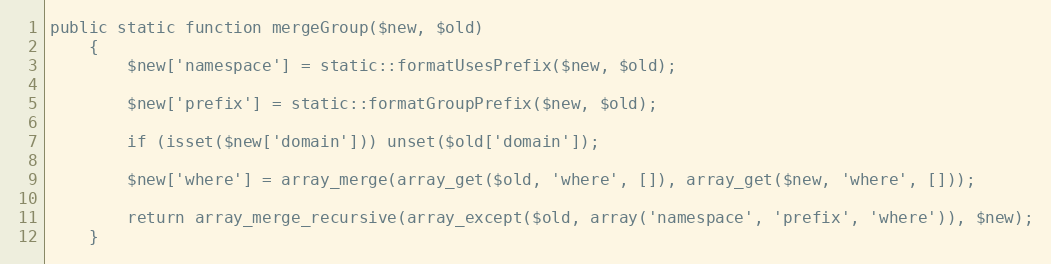
Language: PHP
public static function mergeGroup($new, $old)
	{
		$new['namespace'] = static::formatUsesPrefix($new, $old);

		$new['prefix'] = static::formatGroupPrefix($new, $old);

		if (isset($new['domain'])) unset($old['domain']);

		$new['where'] = array_merge(array_get($old, 'where', []), array_get($new, 'where', []));

		return array_merge_recursive(array_except($old, array('namespace', 'prefix', 'where')), $new);
	}